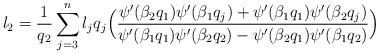
LaTeX: \begin{align*}l_2=\frac{1}{q_2}\sum_{j=3}^{n}l_j q_j \Big(\frac{\psi'(\beta_2 q_1)\psi'(\beta_1 q_j)+\psi'(\beta_1 q_1)\psi'(\beta_2 q_j)}{\psi'(\beta_1 q_1)\psi'(\beta_2 q_2)-\psi'(\beta_2 q_1)\psi'(\beta_1 q_2)}\Big)\end{align*}